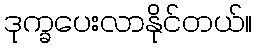
ဒုက္ခပေးလာနိုင်တယ်။